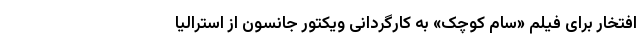
افتخار برای فیلم «سام کوچک» به کارگردانی ویکتور جانسون از استرالیا